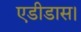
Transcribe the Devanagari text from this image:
एडीडास।